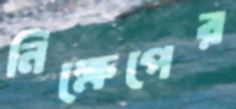
নিক্ষেপের